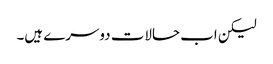
لیکن اب حالات دوسرے ہیں۔